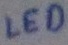
Text: LED